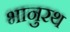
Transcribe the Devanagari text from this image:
भानुरथ